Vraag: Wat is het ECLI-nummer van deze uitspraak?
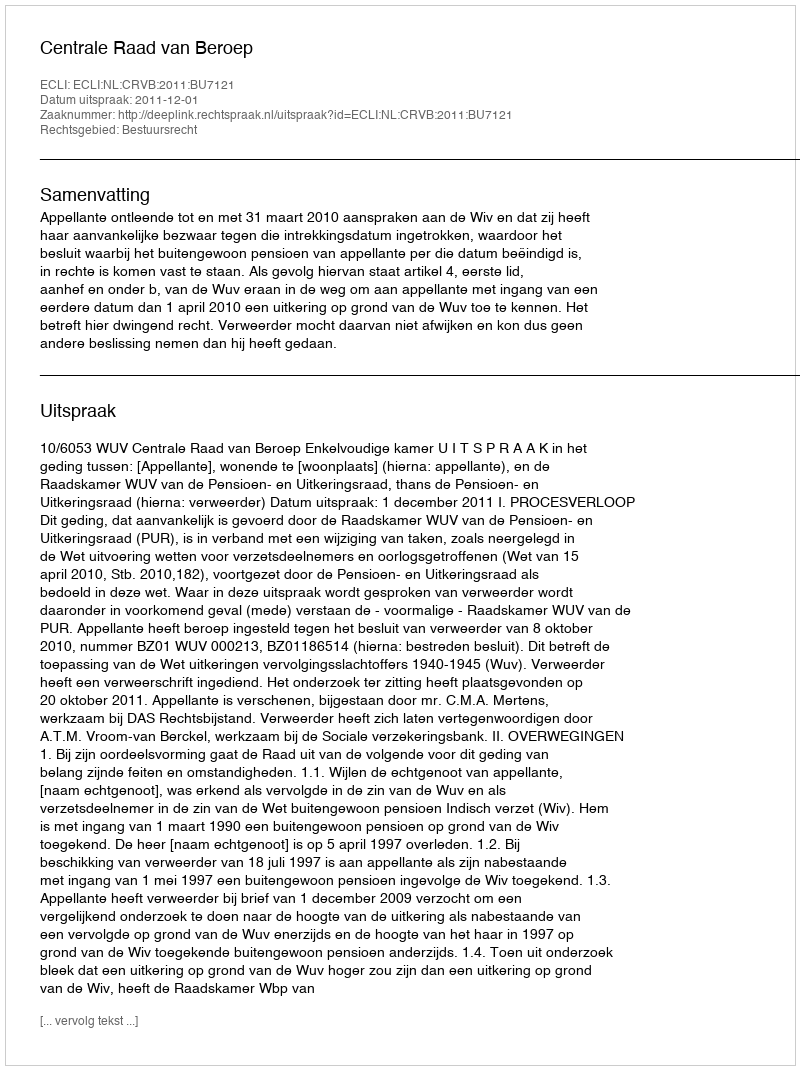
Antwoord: ECLI:NL:CRVB:2011:BU7121